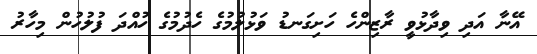
އޭނާ އަދި ވިދާޅުވީ ރާޒިންހެ ހަށިގަނޑު ވަޅުލުމުގެ ހެދުމުގެ ހުއްދަ ފުލުހުން މިހާރު